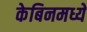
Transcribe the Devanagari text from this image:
केबिनमध्ये